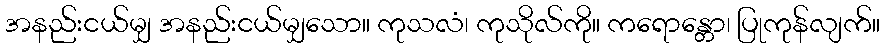
အနည်းငယ်မျှ အနည်းငယ်မျှသော။ ကုသလံ၊ ကုသိုလ်ကို။ ကရောန္တော၊ ပြုကုန်လျက်။